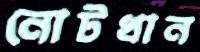
নোটখান